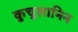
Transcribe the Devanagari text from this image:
कुचुलानिन